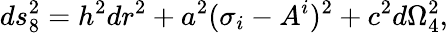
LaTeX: ds_{8}^{2}=h^{2}dr^{2}+a^{2}(\sigma_{i}-A_{}^{i})^{2}+c^{2}d\Omega_{4}^{2},